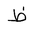
Letter: _za